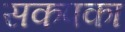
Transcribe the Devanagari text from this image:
सकपका